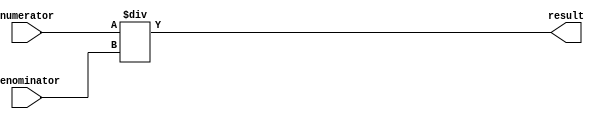
module Fractional_Divider (
  input wire [7:0] numerator,
  input wire [7:0] denominator,
  output reg [15:0] result
);

reg [15:0] quotient;

always @(*)
begin
  quotient = numerator / denominator;
  result = quotient;
end

endmodule